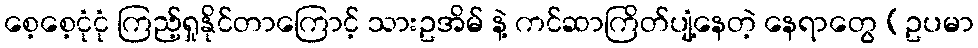
စေ့စေ့ငုံငုံ ကြည့်ရှုနိုင်တာကြောင့် သားဥအိမ် နဲ့ ကင်ဆာကြိတ်ပျံ့နေတဲ့ နေရာတွေ (ဥပမာ